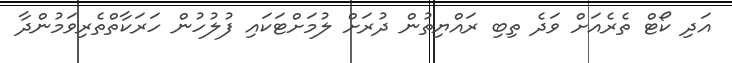
އަދި ކޯޓް ތެރެއަށް ވަދެ ތިބި ރައްޔިތުން ދުރަށް ލުމަށްޓަކައި ފުލުހުން ހަރަކާތްތެރިވަމުންދާ